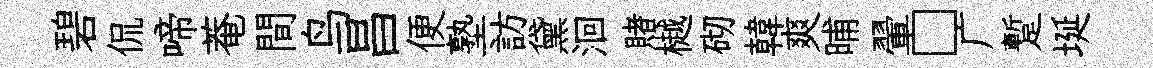
碧侃啼菴間鸟昌便塾訪黛洄賭樾砌韓爽晡翬□广蹔埏